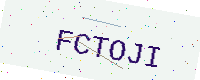
Text: FCTOJI